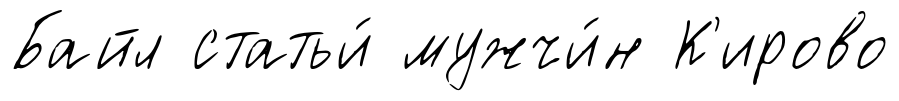
Байл статьи́ мужчи́н К'ирово